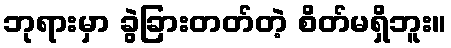
ဘုရားမှာ ခွဲခြားတတ်တဲ့ စိတ်မရှိဘူး။